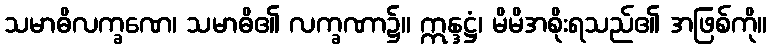
သမာဓိလက္ခဏေ၊ သမာဓိ၏ လက္ခဏာ၌။ ဣန္ဒဋ္ဌံ၊ မိမိအစိုးရသည်၏ အဖြစ်ကို။